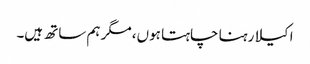
اکیلا رہنا چاہتا ہوں، مگر ہم ساتھ ہیں۔